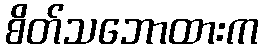
စိတ်သဘောထားက